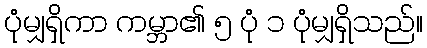
ပုံမျှရှိကာ ကမ္ဘာ၏ ၅ ပုံ ၁ ပုံမျှရှိသည်။